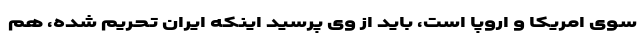
سوی امریکا و اروپا است، باید از وی پرسید اینکه ایران تحریم شده، هم